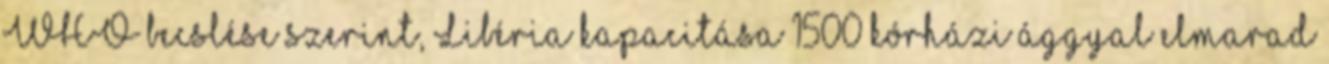
WHO becslése szerint, Libéria kapacitása 1500 kórházi ággyal elmarad